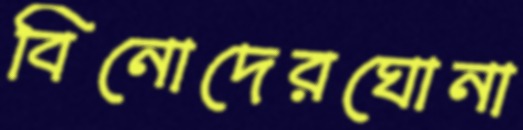
বিনোদেরঘোনা